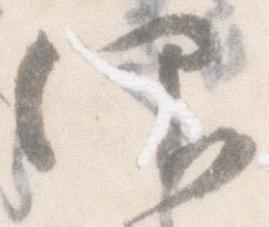
仰